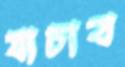
যাচাব